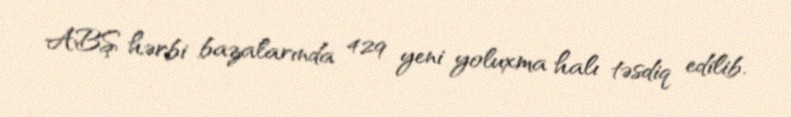
ABŞ hərbi bazalarında 429 yeni yoluxma halı təsdiq edilib.